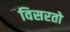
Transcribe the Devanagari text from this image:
विसरतो